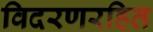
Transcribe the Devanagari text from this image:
विदरणरहित